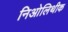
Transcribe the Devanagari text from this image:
निओलिथीक